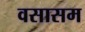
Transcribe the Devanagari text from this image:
वसासम